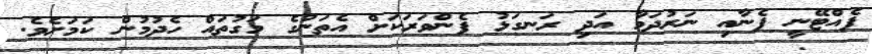
ފެއްޓޭނީ ފެނާއި ނަރުދަމާ އަދި ރަނގަޅު ފެންވަރަކަށް އެތަނުގެ މަގުތައް ހެދުމުން ކަމަށެވެ.